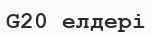
G20 елдері